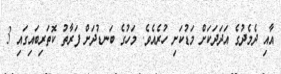
އާއި ދެމެދުގެ އަދަދަކަށް މަޑުކަށި ހުރެއެވެ. މަހުގެ ބަނޑުދަށް ފަރާތު ކޮތަރިބައިގައި 3